Indian journal of veterinary science and animal husbandry - Volumes 15-17, 1948-1951
Year: 1948
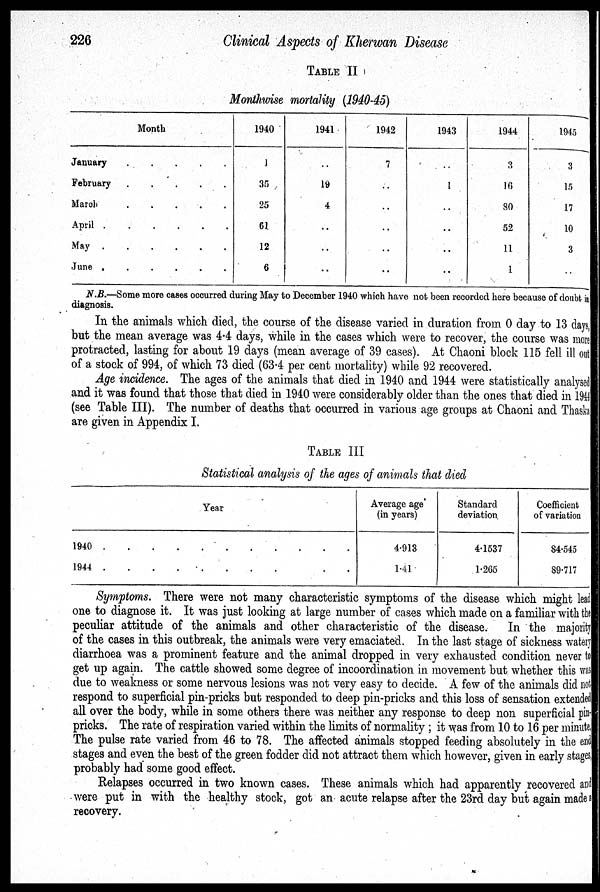
226
Clinical Aspects of Kherwan Disease
TABLE II
Monthwise mortality (1940-45)
Month
January . . . . .
February . . . . .
March . . . . .
April . . . . .
May . . . . .
June . . . . .
1940
1
35
25
61
12
6
1941
..
19
4
..
..
..
1942
7
..
..
..
..
..
1943
..
1
..
..
..
..
1944
3
16
80
52
11
1
1945
3
15
17
10
3
..
N.B.—Some more cases occurred during May to December 1940 which have not been recorded here because of doubt i n
diagnosis.
In the animals which died, the course of the disease varied in duration from 0 day to 13 days,
but the mean average was 4.4 days, while in the cases which were to recover, the course was more
protracted, lasting for about 19 days (mean average of 39 cases). At Chaoni block 115 fell ill out
of a stock of 994, of which 73 died (63.4 per cent mortality) while 92 recovered.
Age incidence. The ages of the animals that died in 1940 and 1944 were statistically analysed
and it was found that those that died in 1940 were considerably older than the ones that died in 1944
(see Table III). The number of deaths that occurred in various age groups at Chaoni and Thaska
are given in Appendix I.
TABLE III
Statistical analysis of the ages of animals that died
Year
1940 . . . . . . . . . . .
1944 . . . . . . . . . . .
Average age
(in years)
4.913
1.41
Standard
deviation
4.1537
1.265
Coefficient
of variation
84.545
89.717
Symptoms. There were not many characteristic symptoms of the disease which might l ead
one to diagnose it. It was just looking at large number of cases which made on a familiar with the
peculiar attitude of the animals and other characteristic of the disease. In the majority
of the cases in this outbreak, the animals were very emaciated. In the last stage of sickness watery
diarrhoea was a prominent feature and the animal dropped in very exhausted condition never to
get up again. The cattle showed some degree of incoordination in movement but whether this was
due to weakness or some nervous lesions was not very easy to decide. A few of the animals did not
respond to superficial pin-pricks but responded to deep pin-pricks and this loss of sensation extended
all over the body, while in some others there was neither any response to deep non superficial pin-
pricks. The rate of respiration varied within the limits of normality ; it was from 10 to 16 per minute,
The pulse rate varied from 46 to 78. The affected animals stopped feeding absolutely in the end
stages and even the best of the green fodder did not attract them which however, given in early stages
probably had some good effect.
Relapses occurred in two known cases. These animals which had apparently recovered and
were put in with the healthy stock, got an acute relapse after the 23rd day but again made a
recovery.